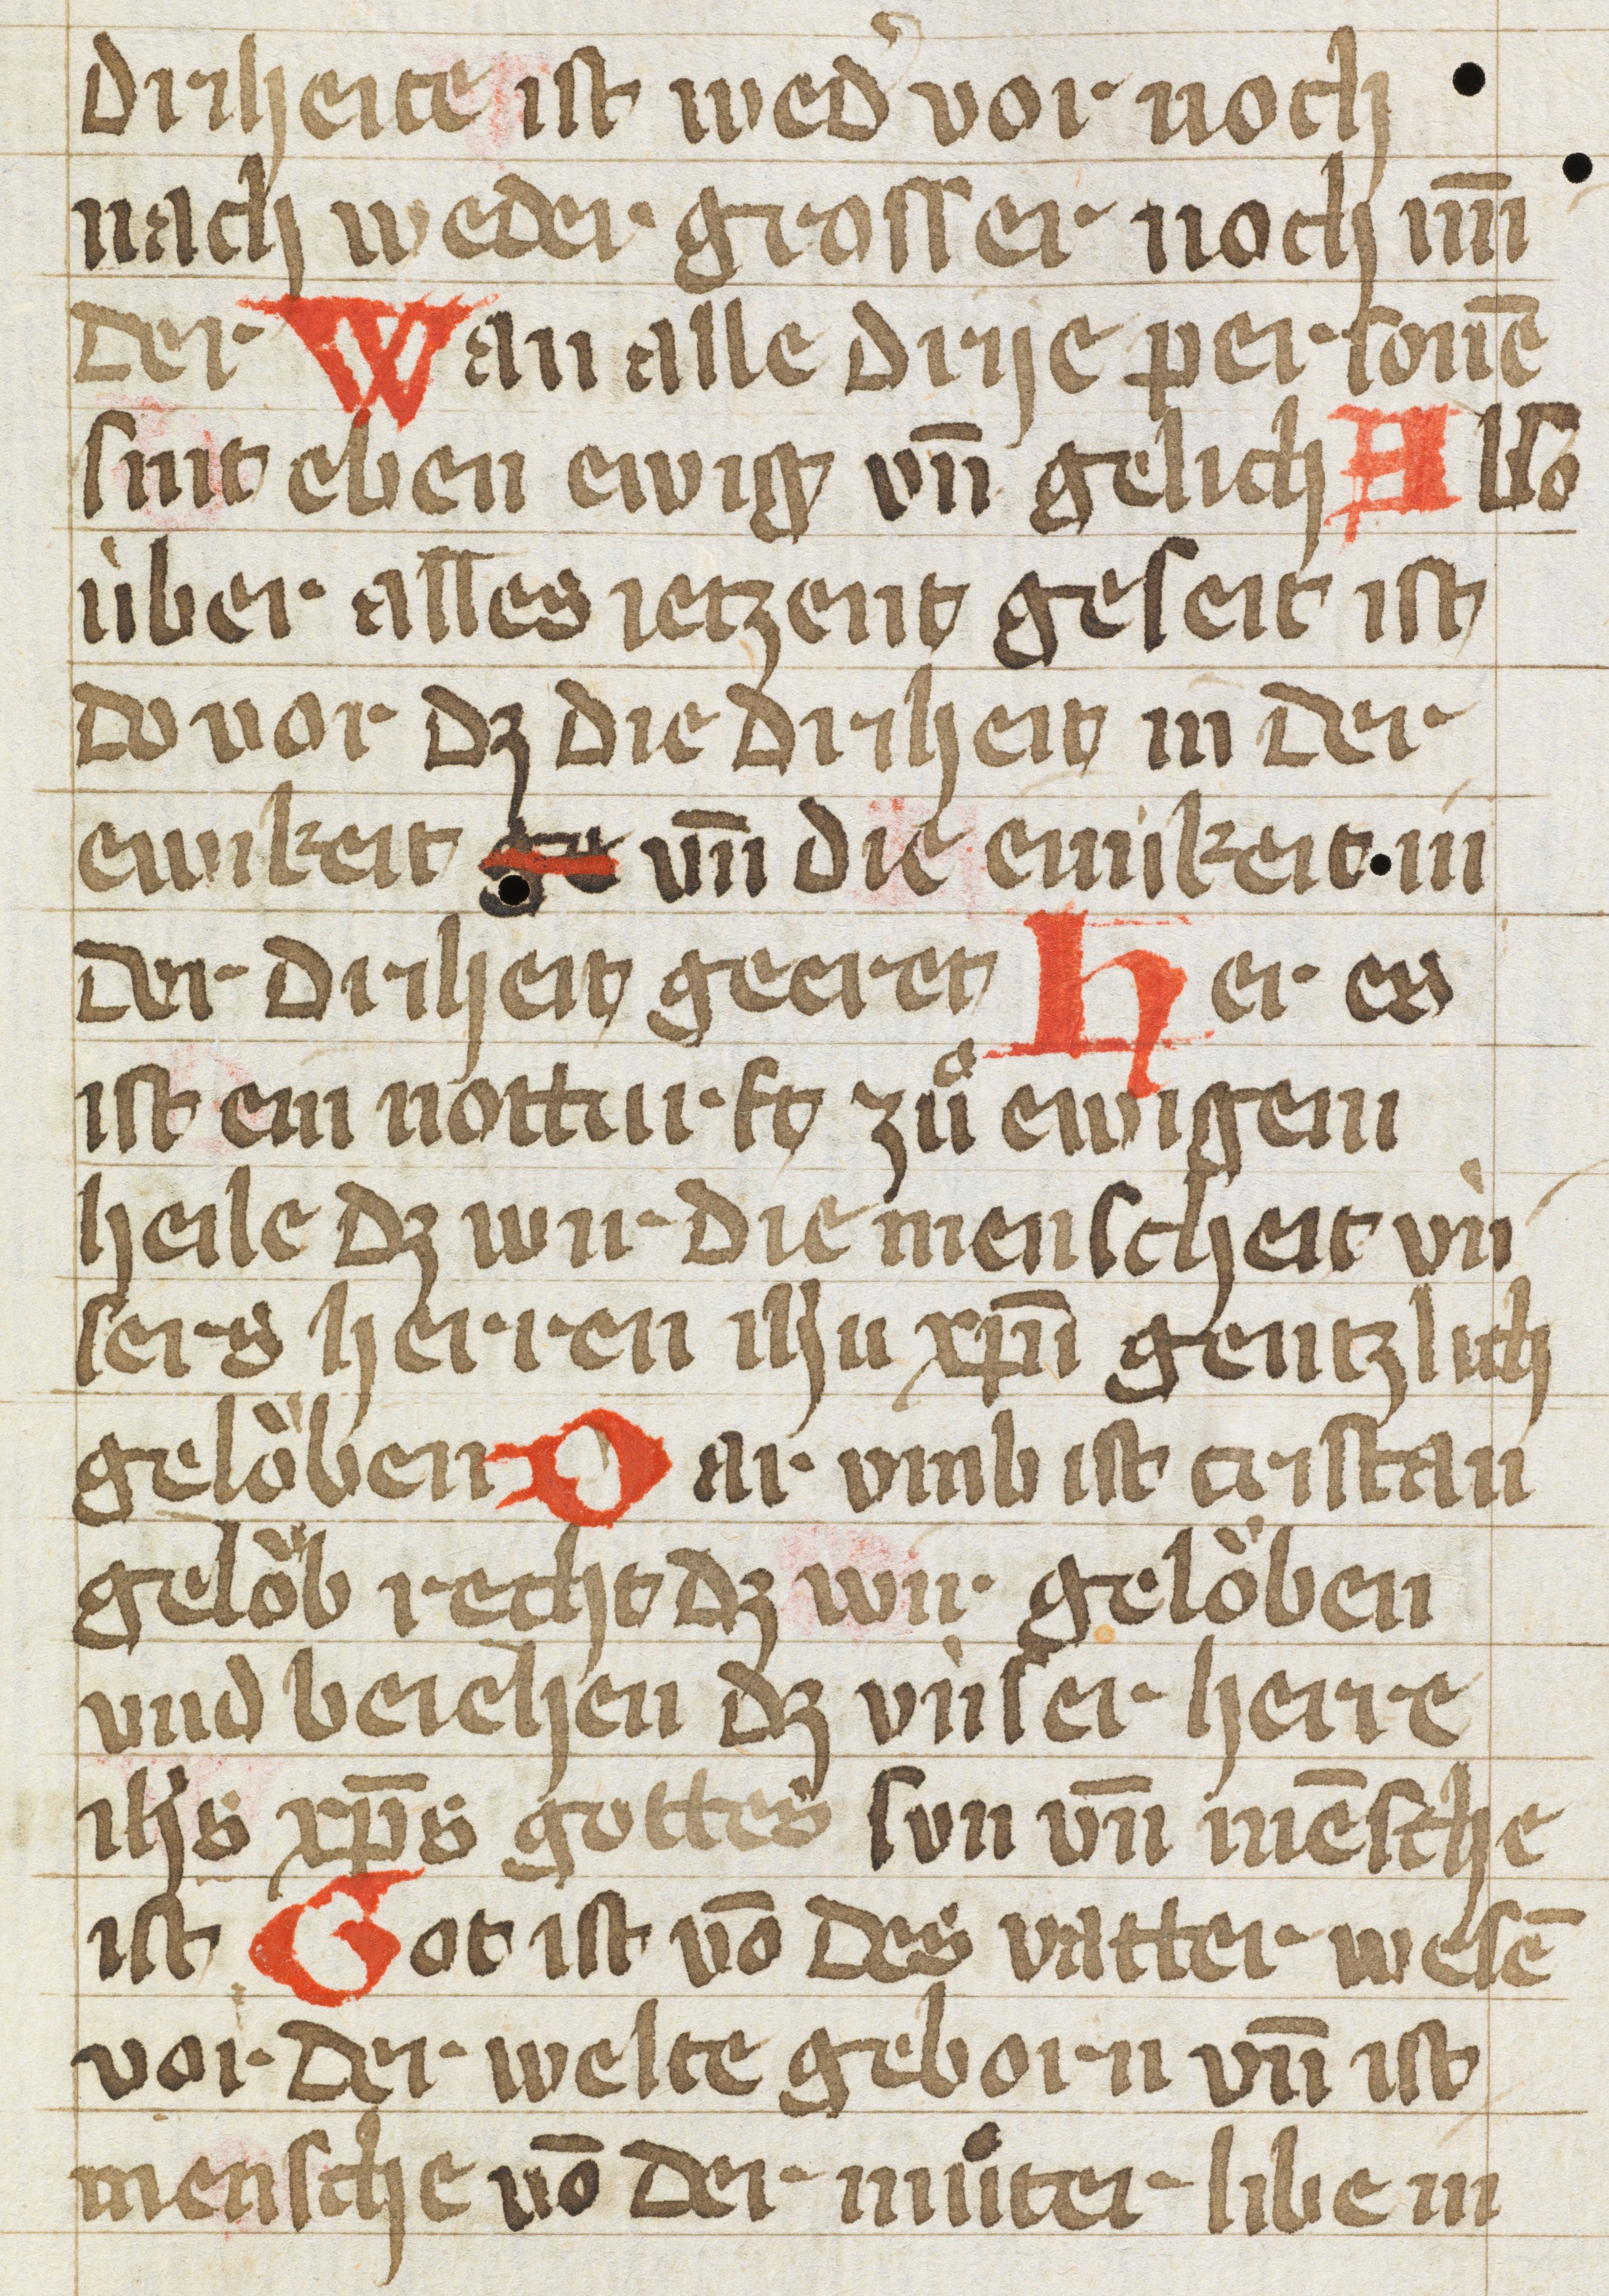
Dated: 1400–1430